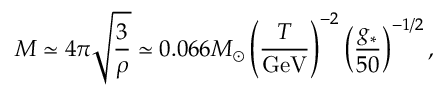
M \simeq 4 \pi \sqrt { \frac { 3 } { \rho } } \simeq 0 . 0 6 6 M _ { \odot } \left( \frac { T } { \mathrm { G e V } } \right) ^ { - 2 } \left( \frac { g _ { * } } { 5 0 } \right) ^ { { - 1 / 2 } } ,